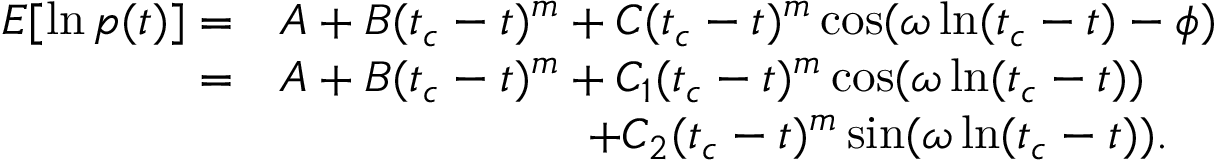
\begin{array} { r l } { E [ \ln p ( t ) ] = } & { A + B ( t _ { c } - t ) ^ { m } + C ( t _ { c } - t ) ^ { m } \cos ( \omega \ln ( t _ { c } - t ) - \phi ) } \\ { = } & { A + B ( t _ { c } - t ) ^ { m } + C _ { 1 } ( t _ { c } - t ) ^ { m } \cos ( \omega \ln ( t _ { c } - t ) ) } \\ & { \qquad \qquad \qquad \, \, \, + C _ { 2 } ( t _ { c } - t ) ^ { m } \sin ( \omega \ln ( t _ { c } - t ) ) . } \end{array}